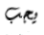
يجب